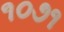
૧૦૭૧